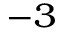
^ { - 3 }